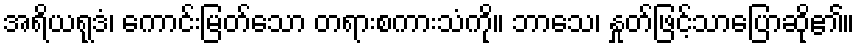
အရိယရုဒံ၊ ကောင်းမြတ်သော တရားစကားသံကို။ ဘာသေ၊ နှုတ်ဖြင့်သာပြောဆို၏။